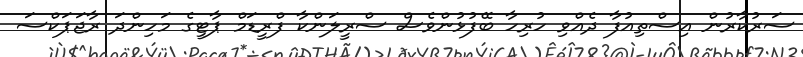
ސަރުކާރުން އިސްތިއުފާ ދެއްވި ހުރިހާ ބޭފުޅުންވެސް ސްރީލަންކާ ފްރީޑަމް ޕާޓީގެ މަހިންދަ ރާޖަޕަކްސަ